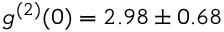
g ^ { ( 2 ) } ( 0 ) = 2 . 9 8 \pm 0 . 6 8